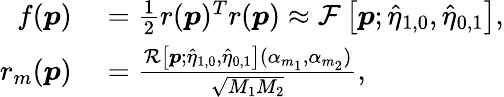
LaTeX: \begin{array}{rl}{f(\boldsymbol p)}&{{}=\frac{1}{2}r(\boldsymbol p)^{T}r(\boldsymbol p)\approx\mathcal{F}\left[\boldsymbol p;\hat{\eta}_{1,0},\hat{\eta}_{0,1}\right],}\\ {r_{m}(\boldsymbol p)}&{{}=\frac{\mathcal{R}\left[\boldsymbol p;\hat{\eta}_{1,0},\hat{\eta}_{0,1}\right](\alpha_{m_{1}},\alpha_{m_{2}})}{\sqrt{M_{1}M_{2}}},}\end{array}